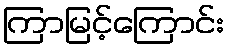
ကြာမြင့်ကြောင်း